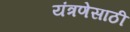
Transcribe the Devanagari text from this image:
यंत्रणेसाठी